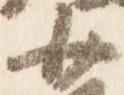
小